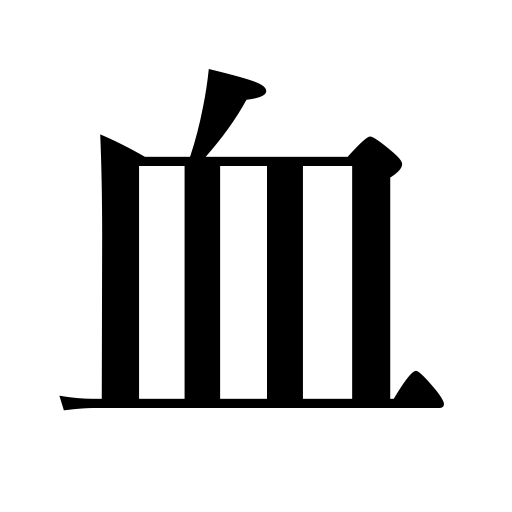
Meanings: consanguinity,blood